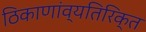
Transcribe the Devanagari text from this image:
ठिकाणांव्यतिरिक्त